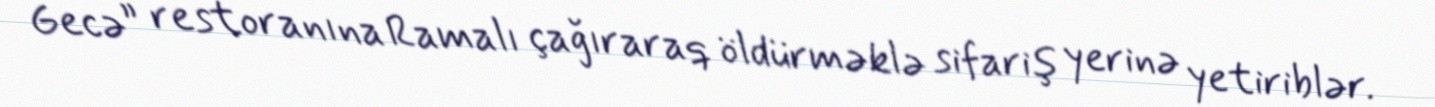
Gecə” restoranına Ramalı çağıraraq öldürməklə sifariş yerinə yetiriblər.